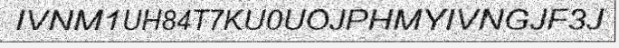
IVNM1UH84T7KU0UOJPHMYIVNGJF3J